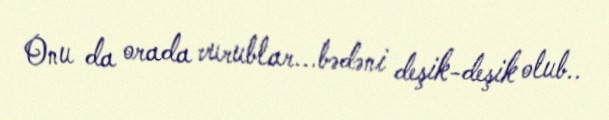
Onu da orada vurublar...bədəni deşik-deşik olub..